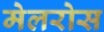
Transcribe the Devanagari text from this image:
मेलरोस